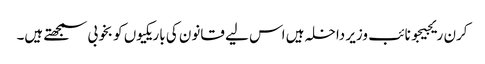
کرن ریجیجو نائب وزیر داخلہ ہیں اس لیے قانون کی باریکیوں کو بخوبی سمجھتے ہیں۔